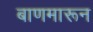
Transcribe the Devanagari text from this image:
बाणमारून